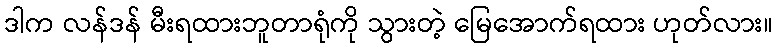
ဒါက လန်ဒန် မီးရထားဘူတာရုံကို သွားတဲ့ မြေအောက်ရထား ဟုတ်လား။